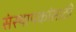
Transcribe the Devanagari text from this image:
संस्थापकांसाठी